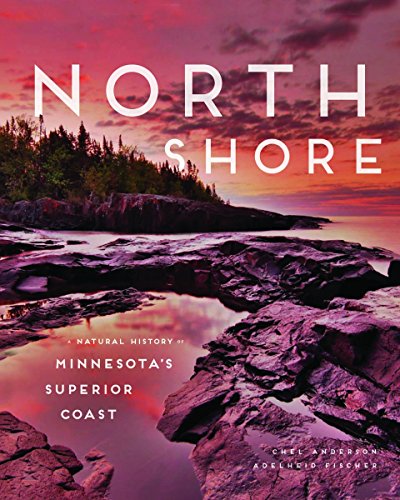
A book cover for North Shore: A Natural History of Minnesota's Superior Coast; Chel Anderson; Science & Math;